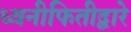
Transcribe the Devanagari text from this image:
ध्वनीफितीद्वारे